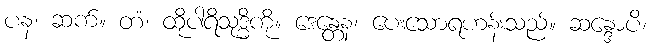
ပန၊ ဆက်။ တံ၊ ထိုပါရိသုဒ္ဓိကို။ ဒေန္တေန၊ ပေးသောရဟန်းသည်။ ဆန္ဒောပိ၊